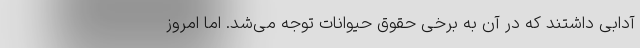
آدابی داشتند که در آن به برخی حقوق حیوانات توجه می‌شد. اما امروز